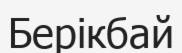
Берікбай